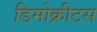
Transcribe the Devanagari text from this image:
डिमोक्रीटस